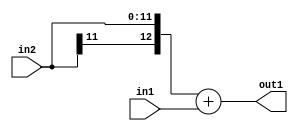
`timescale 1ps / 1ps
/*****************************************************************************
    Verilog RTL Description
    
    
    Created by: Stratus DpOpt 2019.1.01 
*******************************************************************************/

module DC_Filter_Add_12Sx9U_13S_4 (
	in2,
	in1,
	out1
	); /* architecture "behavioural" */ 
input [11:0] in2;
input [8:0] in1;
output [12:0] out1;
wire [12:0] asc001;

assign asc001 = 
	+({in2[11], in2})
	+(in1);

assign out1 = asc001;
endmodule

/* CADENCE  ubDwTAo= : u9/ySgnWtBlWxVPRXgAZ4Og= ** DO NOT EDIT THIS LINE ******/